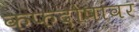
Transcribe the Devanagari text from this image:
कफदोषांवर